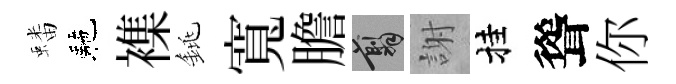
蟠駰襍銚寬膽翦謝挂聳你